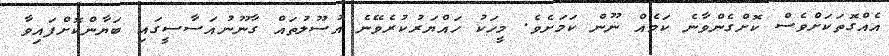
އެއްގޮތަަކަށްވެސް ކޮށްގެންވާނެ ކަމެއް ނޫން ކަމަށެވެ. މީހަކު ހައްޔަރުކުރެވޭނެ އުސޫލުތައް ގާނޫނުއަސާސީގައި ބަޔާންކޮށްފައިވާ